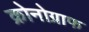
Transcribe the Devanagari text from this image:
क्रोनोग्राफ